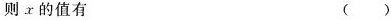
则x的值有 ( )